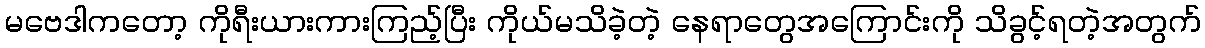
မဗေဒါကတော့ ကိုရီးယားကားကြည့်ပြီး ကိုယ်မသိခဲ့တဲ့ နေရာတွေအကြောင်းကို သိခွင့်ရတဲ့အတွက်